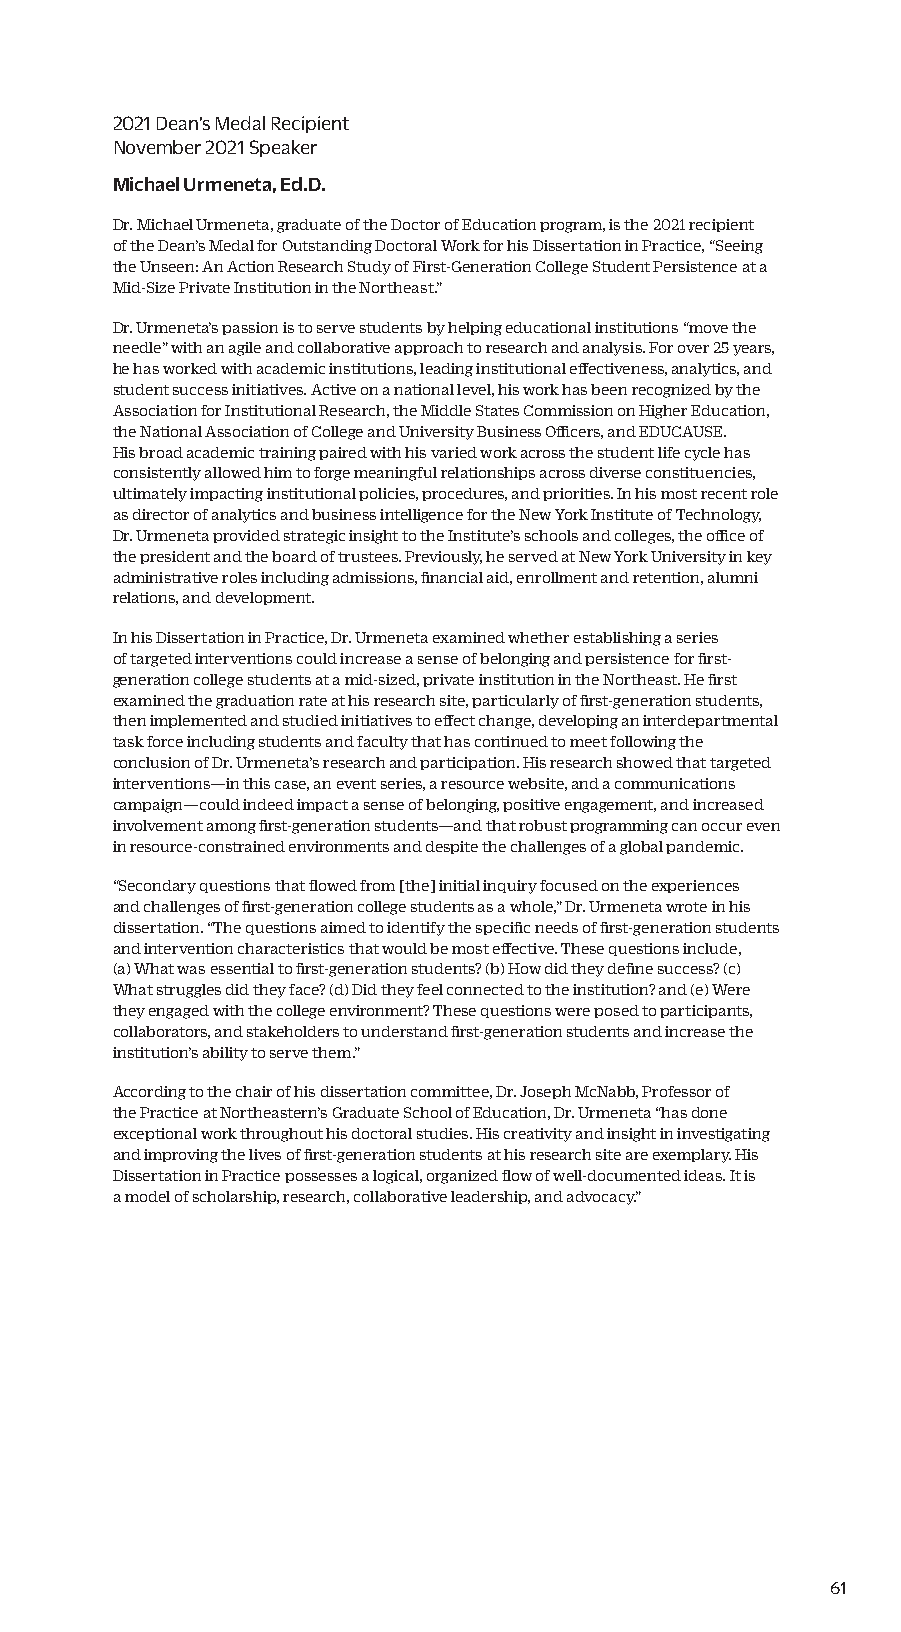
2021 Dean’s Medal Recipient
 November 2021 Speaker
 Michael Urmeneta, Ed.D.
 Dr. Michael Urmeneta, graduate of the Doctor of Education program, is the 2021 recipient
 of the Dean’s Medal for Outstanding Doctoral Work for his Dissertation in Practice, “Seeing
 the Unseen: An Action Research Study of First-Generation College Student Persistence at a
 Mid-Size Private Institution in the Northeast.”
 Dr. Urmeneta’s passion is to serve students by helping educational institutions “move the
 needle” with an agile and collaborative approach to research and analysis. For over 25 years,
 he has worked with academic institutions, leading institutional effectiveness, analytics, and
 student success initiatives. Active on a national level, his work has been recognized by the
 Association for Institutional Research, the Middle States Commission on Higher Education,
 the National Association of College and University Business Officers, and EDUCAUSE.
 His broad academic training paired with his varied work across the student life cycle has
 consistently allowed him to forge meaningful relationships across diverse constituencies,
 ultimately impacting institutional policies, procedures, and priorities. In his most recent role
 as director of analytics and business intelligence for the New York Institute of Technology,
 Dr. Urmeneta provided strategic insight to the Institute’s schools and colleges, the office of
 the president and the board of trustees. Previously, he served at New York University in key
 administrative roles including admissions, financial aid, enrollment and retention, alumni
 relations, and development.
 In his Dissertation in Practice, Dr. Urmeneta examined whether establishing a series
 of targeted interventions could increase a sense of belonging and persistence for first-
 generation college students at a mid-sized, private institution in the Northeast. He first
 examined the graduation rate at his research site, particularly of first-generation students,
 then implemented and studied initiatives to effect change, developing an interdepartmental
 task force including students and faculty that has continued to meet following the
 conclusion of Dr. Urmeneta’s research and participation. His research showed that targeted
 interventions—in this case, an event series, a resource website, and a communications
 campaign—could indeed impact a sense of belonging, positive engagement, and increased
 involvement among first-generation students—and that robust programming can occur even
 in resource-constrained environments and despite the challenges of a global pandemic.
 “Secondary questions that flowed from [the] initial inquiry focused on the experiences
 and challenges of first-generation college students as a whole,” Dr. Urmeneta wrote in his
 dissertation. “The questions aimed to identify the specific needs of first-generation students
 and intervention characteristics that would be most effective. These questions include,
 (a) What was essential to first-generation students? (b) How did they define success? (c)
 What struggles did they face? (d) Did they feel connected to the institution? and (e) Were
 they engaged with the college environment? These questions were posed to participants,
 collaborators, and stakeholders to understand first-generation students and increase the
 institution’s ability to serve them.”
 According to the chair of his dissertation committee, Dr. Joseph McNabb, Professor of
 the Practice at Northeastern’s Graduate School of Education, Dr. Urmeneta “has done
 exceptional work throughout his doctoral studies. His creativity and insight in investigating
 and improving the lives of first-generation students at his research site are exemplary. His
 Dissertation in Practice possesses a logical, organized flow of well-documented ideas. It is
 a model of scholarship, research, collaborative leadership, and advocacy.”
 61